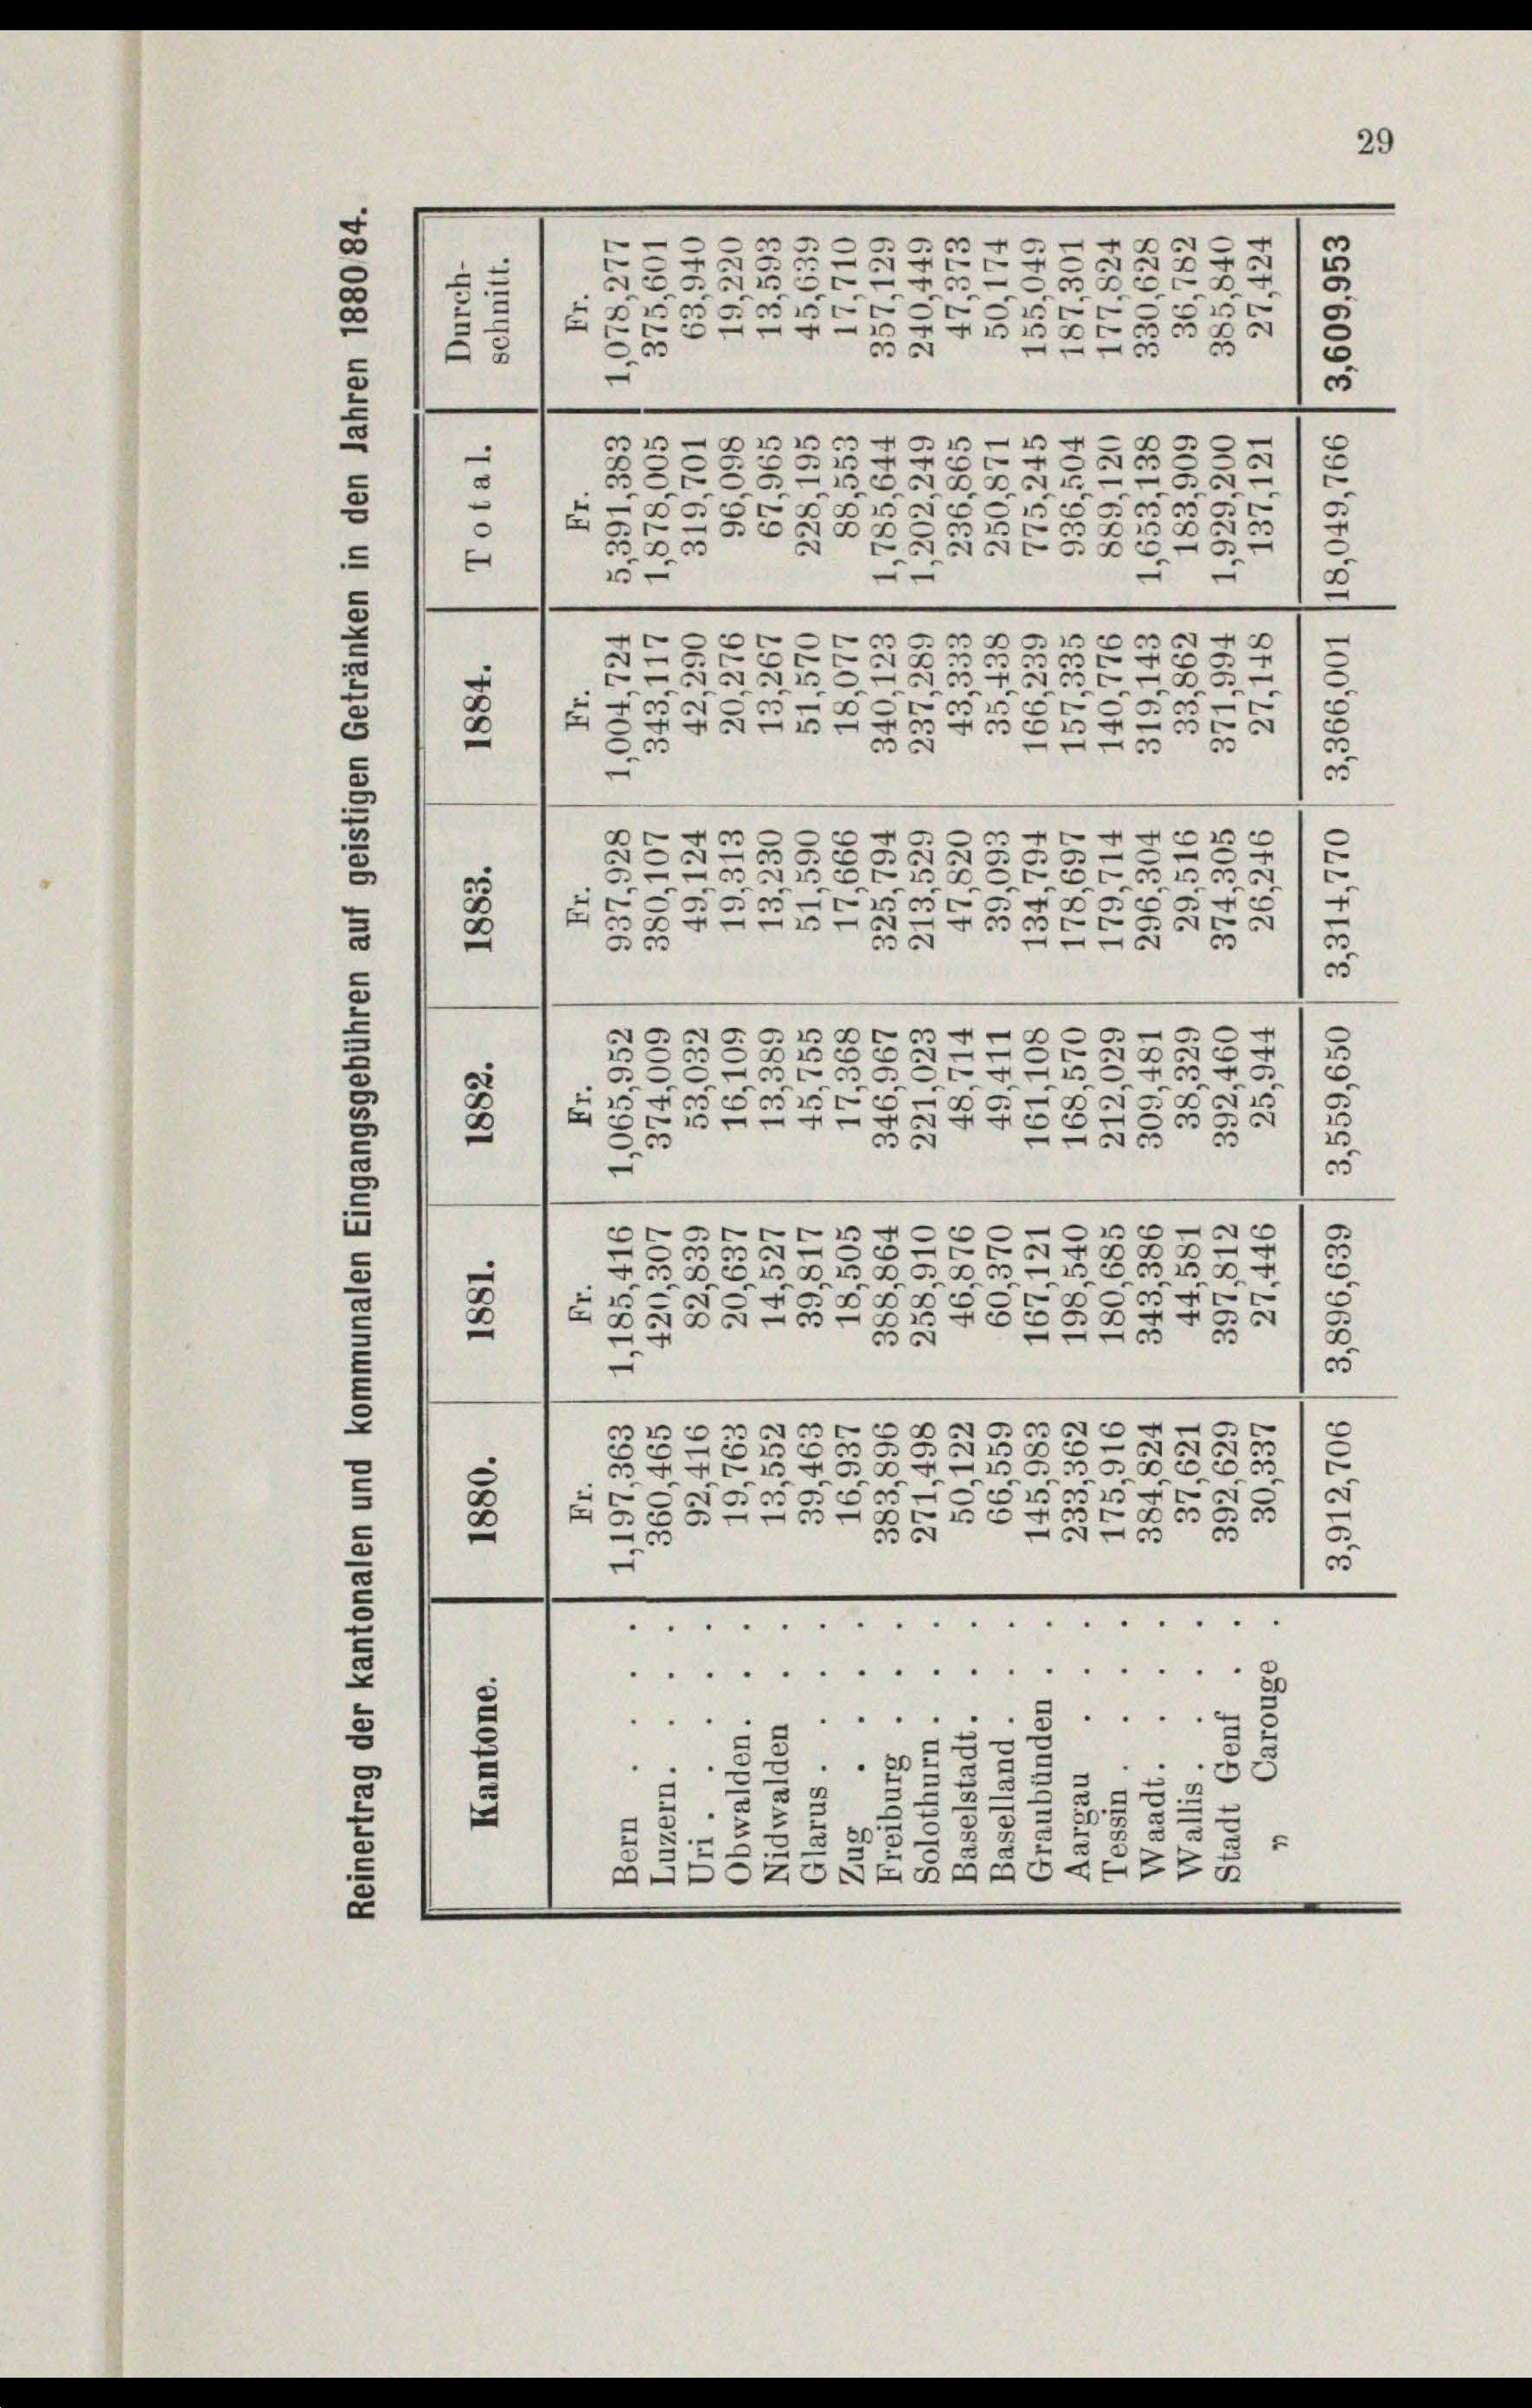
e
—

.
8

e

5
8

.

3
.

e
3
e

x
.
3
a
e

1
E
.
r
e
u
.
t

x
3

n
e
2
e
.
2
¬
¬
B
0
.
o
u
g
B
.
t
8
xx
e
2
n
r
.
r
e
A
22
e
e
r
M

e
e
5
e
c
P
e
4
e

e
e
c
4 f 0 x
.
5
1

c

e
.
.
AGALDr 900
3
0
C
u

0
e
e

.
.
t
0

e
e
e
e
B
5
.
e
r
u
B
F
5
e
e
e
e
.
e
x
B
.
¬
e
e
c
0
9
)

c
2
e
3
F
30
g
e
e
¬
 . . . .

20
e
e
1
332
.
2
.
53 x
3.
x
20
2
2
xx

z

29